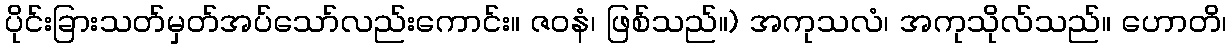
ပိုင်းခြားသတ်မှတ်အပ်သော်လည်းကောင်း။ ဇဝနံ၊ ဖြစ်သည်။) အကုသလံ၊ အကုသိုလ်သည်။ ဟောတိ၊